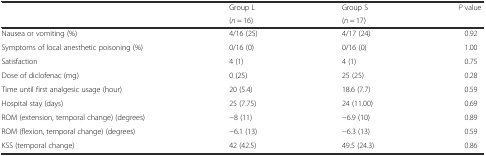
<table><thead><tr><td rowspan="2"></td><td><b>Group L</b></td><td><b>Group S</b></td><td rowspan="2"><b><i>P</i> value</b></td></tr><tr><td><b>(<i>n</i> = 16)</b></td><td><b>(<i>n</i> = 17)</b></td></tr></thead><tbody><tr><td>Nausea or vomiting (%)</td><td>4/16 (25)</td><td>4/17 (24)</td><td>0.92</td></tr><tr><td>Symptoms of local anesthetic poisoning (%)</td><td>0/16 (0)</td><td>0/16 (0)</td><td>1.00</td></tr><tr><td>Satisfaction</td><td>4 (1)</td><td>4 (1)</td><td>0.75</td></tr><tr><td>Dose of diclofenac (mg)</td><td>0 (25)</td><td>25 (25)</td><td>0.28</td></tr><tr><td>Time until first analgesic usage (hour)</td><td>20 (5.4)</td><td>18.6 (7.7)</td><td>0.59</td></tr><tr><td>Hospital stay (days)</td><td>25 (7.75)</td><td>24 (11.00)</td><td>0.69</td></tr><tr><td>ROM (extension, temporal change) (degrees)</td><td>−8 (11)</td><td>−6.9 (10)</td><td>0.89</td></tr><tr><td>ROM (flexion, temporal change) (degrees)</td><td>−6.1 (13)</td><td>−6.3 (13)</td><td>0.59</td></tr><tr><td>KSS (temporal change)</td><td>42 (42.5)</td><td>49.5 (24.3)</td><td>0.86</td></tr></tbody></table>